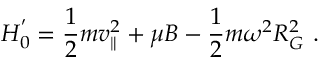
H _ { 0 } ^ { ^ { \prime } } = \frac { 1 } { 2 } m v _ { \parallel } ^ { 2 } + \mu B - \frac { 1 } { 2 } m \omega ^ { 2 } R _ { G } ^ { 2 } \mathrm { ~ . ~ }